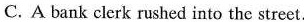
C. A bank clerk rushed into the street.